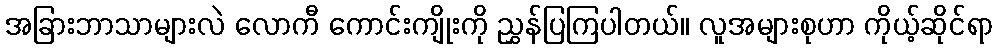
အခြားဘာသာများလဲ လောကီ ကောင်းကျိုးကို ညွှန်ပြကြပါတယ်။ လူအများစုဟာ ကိုယ့်ဆိုင်ရာ